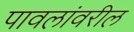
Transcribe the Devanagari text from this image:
पावलांवरील